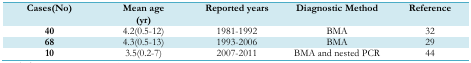
| Cases(No) | Mean age (yr) | Reported years | Diagnostic Method | Reference |
 | --- | --- | --- | --- | --- |
 | 40 | 4.2(0.5–12) | 1981–1992 | BMA | 32 |
 | 68 | 4.3(0.5–13) | 1993–2006 | BMA | 29 |
 | 10 | 3.5(0.2–7) | 2007–2011 | BMA and nested PCR | 44 |